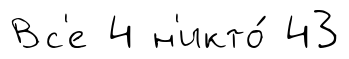
Вс'е 4 н'икто́ 43